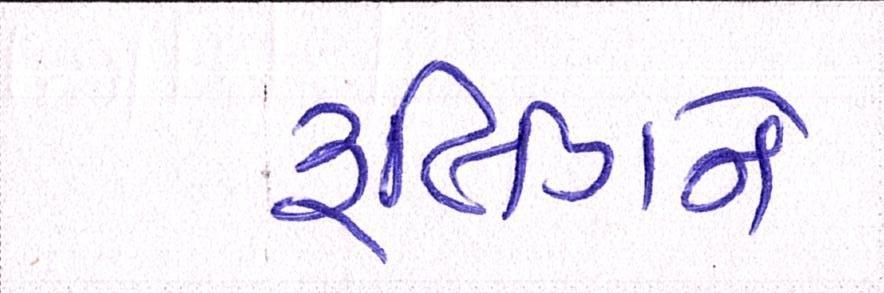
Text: રૃલિંગને